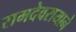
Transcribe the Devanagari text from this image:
रामदेवरायाने